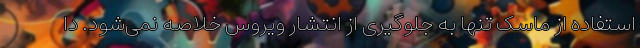
استفاده از ماسک تنها به جلوگیری از انتشار ویروس خلاصه نمی‌شود. دا